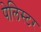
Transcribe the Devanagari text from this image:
पेलिस्टर